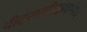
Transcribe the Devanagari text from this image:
पीटरमारित्झबर्गमध्ये